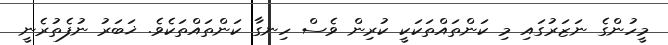
މީހުންގެ ނަޒަރުގައި މި ކަންތައްތަކަކީ ކުރިން ވެސް ހިނގާ ކަންތައްތަކެވެ. ޚަބަރު ނުފެތުރެނީ